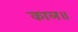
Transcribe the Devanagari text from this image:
काल॥